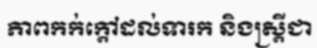
ភាពកក់ក្តៅដល់ទារក និងស្ត្រីជា